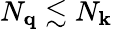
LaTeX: N_{\mathbf{q}}\lesssim N_{\mathbf{k}}